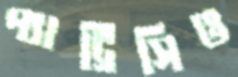
প্যাট্রিসিও